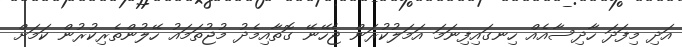
އަދި މިފަދަ ހާދިސާއެއް ހިނގައިފިނަމަ އަމަލުކުރަން ޖެހޭނޭ ގޮތާއިމެދު މުޖުތަމައު ހޭލުންތެރިކުރުން ކަމަށް